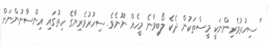
" ސިހުރުވެރިންނަކީ މީސްތަކުން ދެކެ ލޯބިވާނެ މީހެއް ނޫނެވެ. ސިހުރުވެރިޔާގެ ހިތުގައި އިންސާނުންނަށް